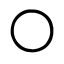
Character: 〇